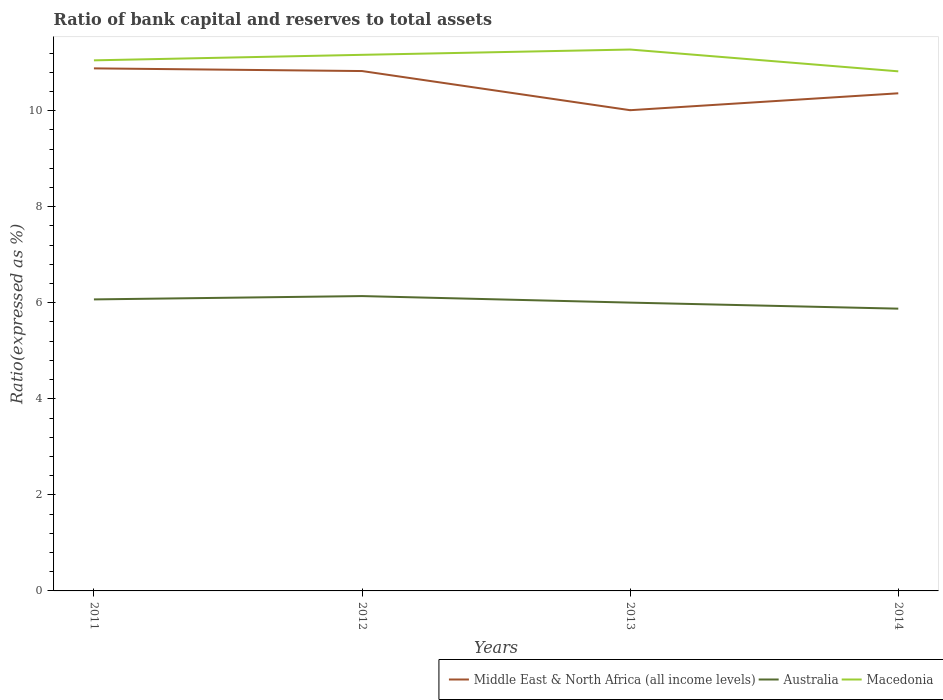
| Years | Middle East & North Africa (all income levels) | Australia | Macedonia |
 | --- | --- | --- | --- |
 | 2011 | 10.9 | 6.07 | 11 |
 | 2012 | 10.8 | 6.14 | 11.2 |
 | 2013 | 10 | 6 | 11.3 |
 | 2014 | 10.4 | 5.88 | 10.8 |